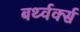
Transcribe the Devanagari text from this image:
बर्थ्वर्क्स